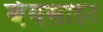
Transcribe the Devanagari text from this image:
बेवसाइट